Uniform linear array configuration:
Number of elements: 4
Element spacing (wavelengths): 0.5
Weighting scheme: hamming
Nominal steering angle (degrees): -15
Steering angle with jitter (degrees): -16.438
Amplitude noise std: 0.05
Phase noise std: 0.05

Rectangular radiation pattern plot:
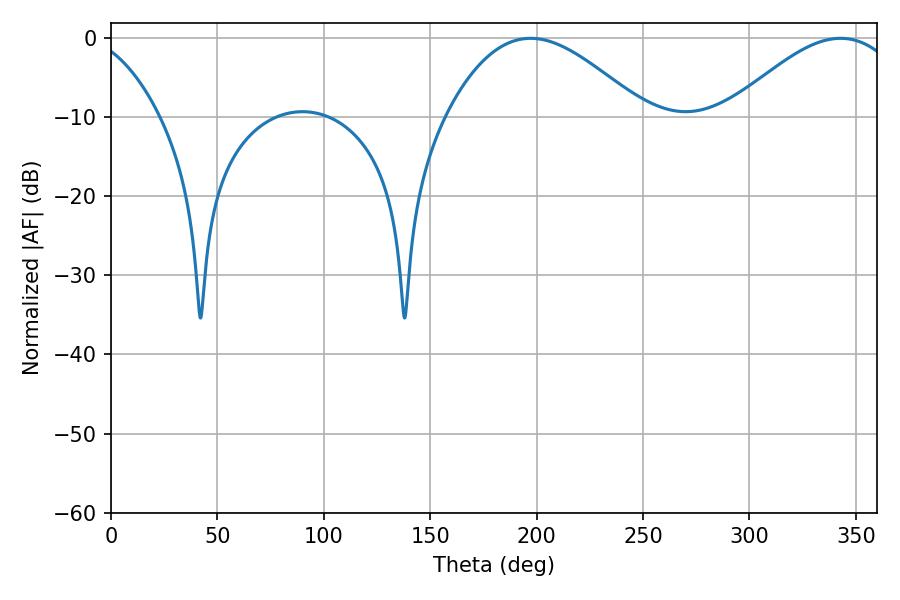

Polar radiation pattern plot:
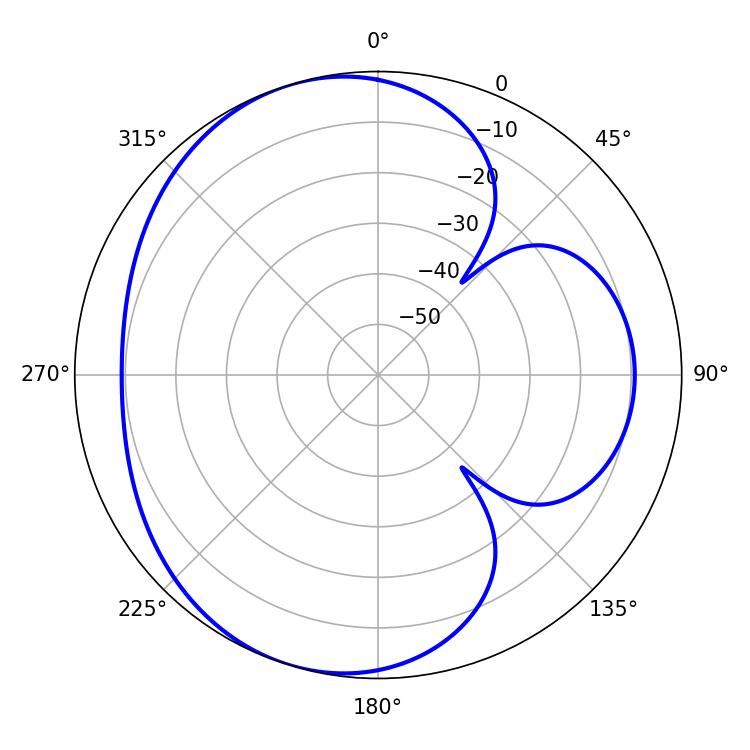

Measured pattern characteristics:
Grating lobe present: FALSE
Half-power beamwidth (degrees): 50.04
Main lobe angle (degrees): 197.1